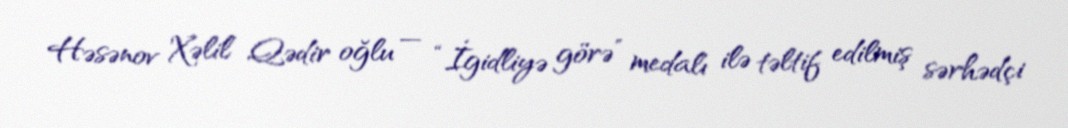
Həsənov Xəlil Qədir oğlu — “İgidliyə görə” medalı ilə təltif edilmiş sərhədçi